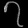
Digit: ၇